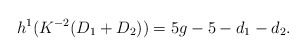
\begin{align*}h^1(K^{-2}(D_1+D_2)) = 5g-5 -d_1-d_2.\end{align*}